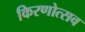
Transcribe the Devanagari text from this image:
किरणोत्सव